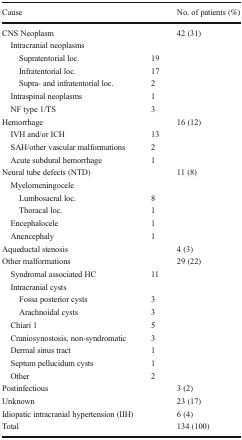
| Cause |  | No. of patients (%) |
 | --- | --- | --- |
 | CNS Neoplasm |  | 42 (31) |
 | Intracranial neoplasms |  |  |
 | Supratentorial loc. | 19 |  |
 | Infratentorial loc. | 17 |  |
 | Supra- and infratentorial loc. | 2 |  |
 | Intraspinal neoplasms | 1 |  |
 | NF type 1/TS | 3 |  |
 | Hemorrhage |  | 16 (12) |
 | IVH and/or ICH | 13 |  |
 | SAH/other vascular malformations | 2 |  |
 | Acute subdural hemorrhage | 1 |  |
 | Neural tube defects (NTD) |  | 11 (8) |
 | Myelomeningocele |  |  |
 | Lumbosacral loc. | 8 |  |
 | Thoracal loc. | 1 |  |
 | Encephalocele | 1 |  |
 | Anencephaly | 1 |  |
 | Aqueductal stenosis |  | 4 (3) |
 | Other malformations |  | 29 (22) |
 | Syndromal associated HC | 11 |  |
 | Intracranial cysts |  |  |
 | Fossa posterior cysts | 3 |  |
 | Arachnoidal cysts | 3 |  |
 | Chiari 1 | 5 |  |
 | Craniosynostosis, non-syndromatic | 3 |  |
 | Dermal sinus tract | 1 |  |
 | Septum pellucidum cysts | 1 |  |
 | Other | 2 |  |
 | Postinfectious |  | 3 (2) |
 | Unknown |  | 23 (17) |
 | Idiopatic intracranial hypertension (IIH) |  | 6 (4) |
 | Total |  | 134 (100) |